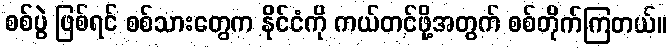
စစ်ပွဲ ဖြစ်ရင် စစ်သားတွေက နိုင်ငံကို ကယ်တင်ဖို့အတွက် စစ်တိုက်ကြတယ်။